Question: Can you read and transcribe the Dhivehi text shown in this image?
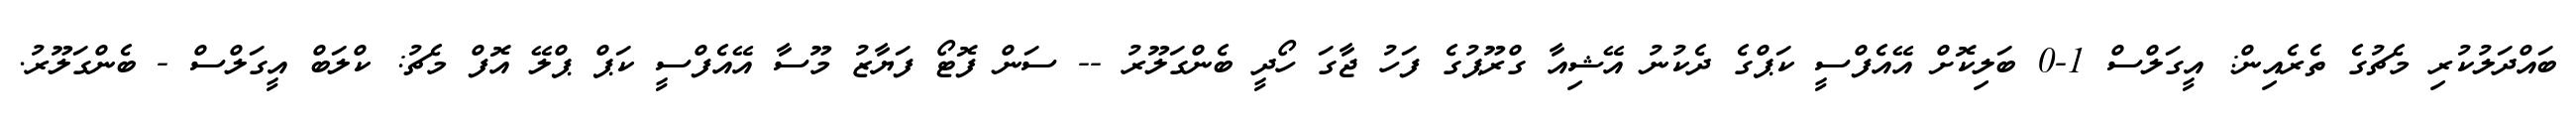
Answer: ބައްދަލުކުރި މެޗުގެ ތެރެއިން: އީގަލްސް 1-0 ބަލިކޮށް އޭއެފްސީ ކަޕްގެ ދެކުނު އޭޝިއާ ގްރޫޕުގެ ފަހު ޖާގަ ހޯދީ ބެންގަލޫރު -- ސަން ފޮޓޯ ފަޔާޒު މޫސާ އޭއެފްސީ ކަޕް ޕްލޭ އޮފް މެޗު: ކްލަބް އީގަލްސް - ބެންގަލޫރު.